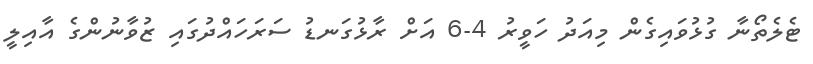
ޓެލެތޯނާ ގުޅުވައިގެން މިއަދު ހަވީރު 4-6 އަށް ރާޅުގަނޑު ސަރަަހައްދުގައި ޒުވާނުންގެ އާއިލީ